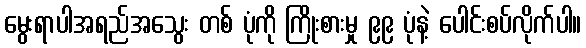
မွေးရာပါအရည်အသွေး တစ် ပုံကို ကြိုးစားမှု ၉၉ ပုံနဲ့ ပေါင်းစပ်လိုက်ပါ။